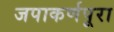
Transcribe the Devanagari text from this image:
जपाकर्णपूरा